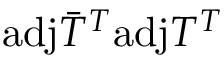
\mathrm { a d j } \bar { T } ^ { T } \mathrm { a d j } T ^ { T }